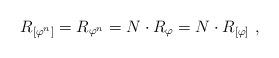
LaTeX: \begin{align*}R_{[\varphi^n]} = R_{\varphi^n} = N\cdot R_{\varphi} = N\cdot R_{[\varphi]}\ ,\end{align*}